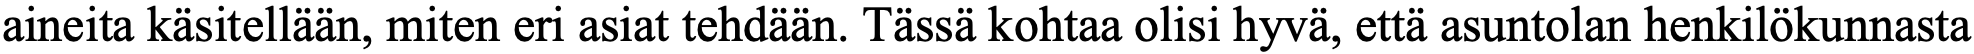
aineita käsitellään, miten eri asiat tehdään. Tässä kohtaa olisi hyvä, että asuntolan henkilökunnasta